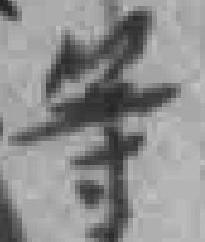
等